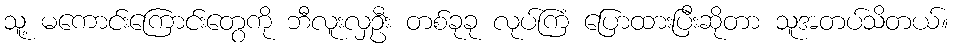
သူ့ မကောင်းကြောင်းတွေကို ဘီလူးလှဦး တစ်ခုခု လုပ်ကြံ ပြောထားပြီးဆိုတာ သူအတပ်သိတယ်။